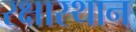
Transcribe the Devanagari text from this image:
रक्षास्थान